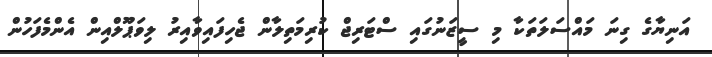
އަނިޔާގެ ގިނަ މައްސަލަތަކާ މި ސީޒަނުގައި ސްޓަރިޖް ކުރިމަތިލާން ޖެހިފައިވާއިރު ލިވަޕޫލްއިން އެންމެފަހުން